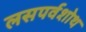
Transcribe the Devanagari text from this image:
लसपर्वशोथ